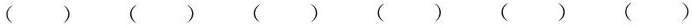
() () () () () ()